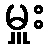
မှူး